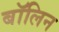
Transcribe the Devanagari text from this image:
बॉलिन